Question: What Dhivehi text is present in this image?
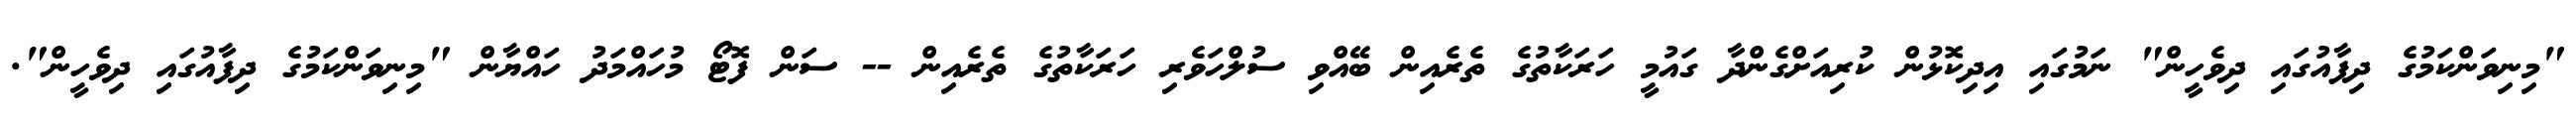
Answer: "މިނިވަންކަމުގެ ދިފާއުގައި ދިވެހީން" ނަމުގައި އިދިކޮޅުން ކުރިއަށްގެންދާ ގައުމީ ހަރަކާތުގެ ތެރެއިން ބޭއްވި ސުލްހަވެރި ހަރަކާތުގެ ތެރެއިން -- ސަން ފޮޓޯ މުހައްމަދު ހައްޔާން "މިނިވަންކަމުގެ ދިފާއުގައި ދިވެހީން".